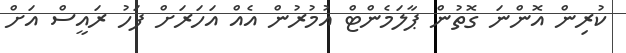
ކުރިން އޮންނަ ގޮތުން ޕާލަމެންޓް އުމުރުން އެއް އަހަރަށް ފަހު ރައީސް އަށް